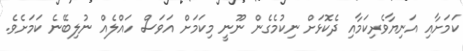
ކަމަށާއި އަނިޔާވެރިކަމާއި ދެކޮޅަށް ނިކުމެގެން ނޫނީ މިކަމަށް އަވަސް ހައްލެއް ނުލިބޭނެ ކަމަށެވެ.